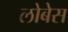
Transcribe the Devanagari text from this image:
लोबेस